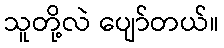
သူတို့လဲ ပျော်တယ်။